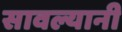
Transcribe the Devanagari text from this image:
सावल्यानी